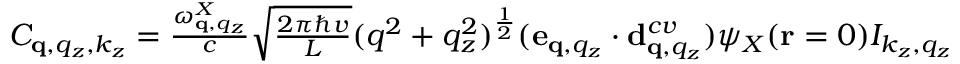
\begin{array} { r } { C _ { \mathbf q , q _ { z } , k _ { z } } = \frac { \omega _ { \mathbf q , q _ { z } } ^ { X } } { c } \sqrt { \frac { 2 \pi \hbar v } { L } } ( q ^ { 2 } + q _ { z } ^ { 2 } ) ^ { \frac { 1 } { 2 } } ( \mathbf e _ { \mathbf q , q _ { z } } \cdot \mathbf d _ { \mathbf q , q _ { z } } ^ { c v } ) \psi _ { X } ( \mathbf r = 0 ) I _ { k _ { z } , q _ { z } } } \end{array}